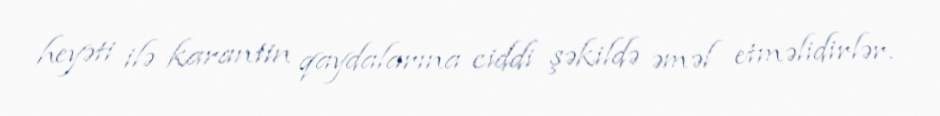
heyəti ilə karantin qaydalarına ciddi şəkildə əməl etməlidirlər.